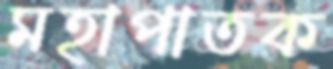
মহাপাতক